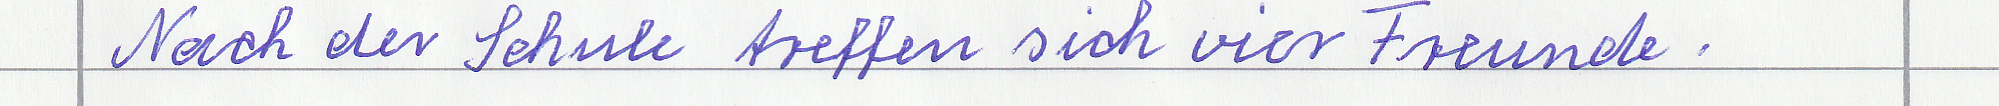
Nach der Schule treffen sich vier Freunde.